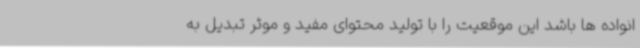
انواده ها باشد این موقعیت را با تولید محتوای مفید و موثر تبدیل به